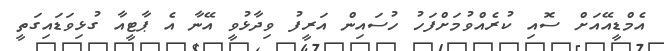
އެމްޑީއޭއަށް ސޮއި ކުރެއްވުމަށްފަހު ހުސައިން އަރީފު ވިދާޅުވީ އޭނާ އެ ޕާޓީއާ ގުޅިވަޑައިގަތީ